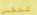
لنفسي